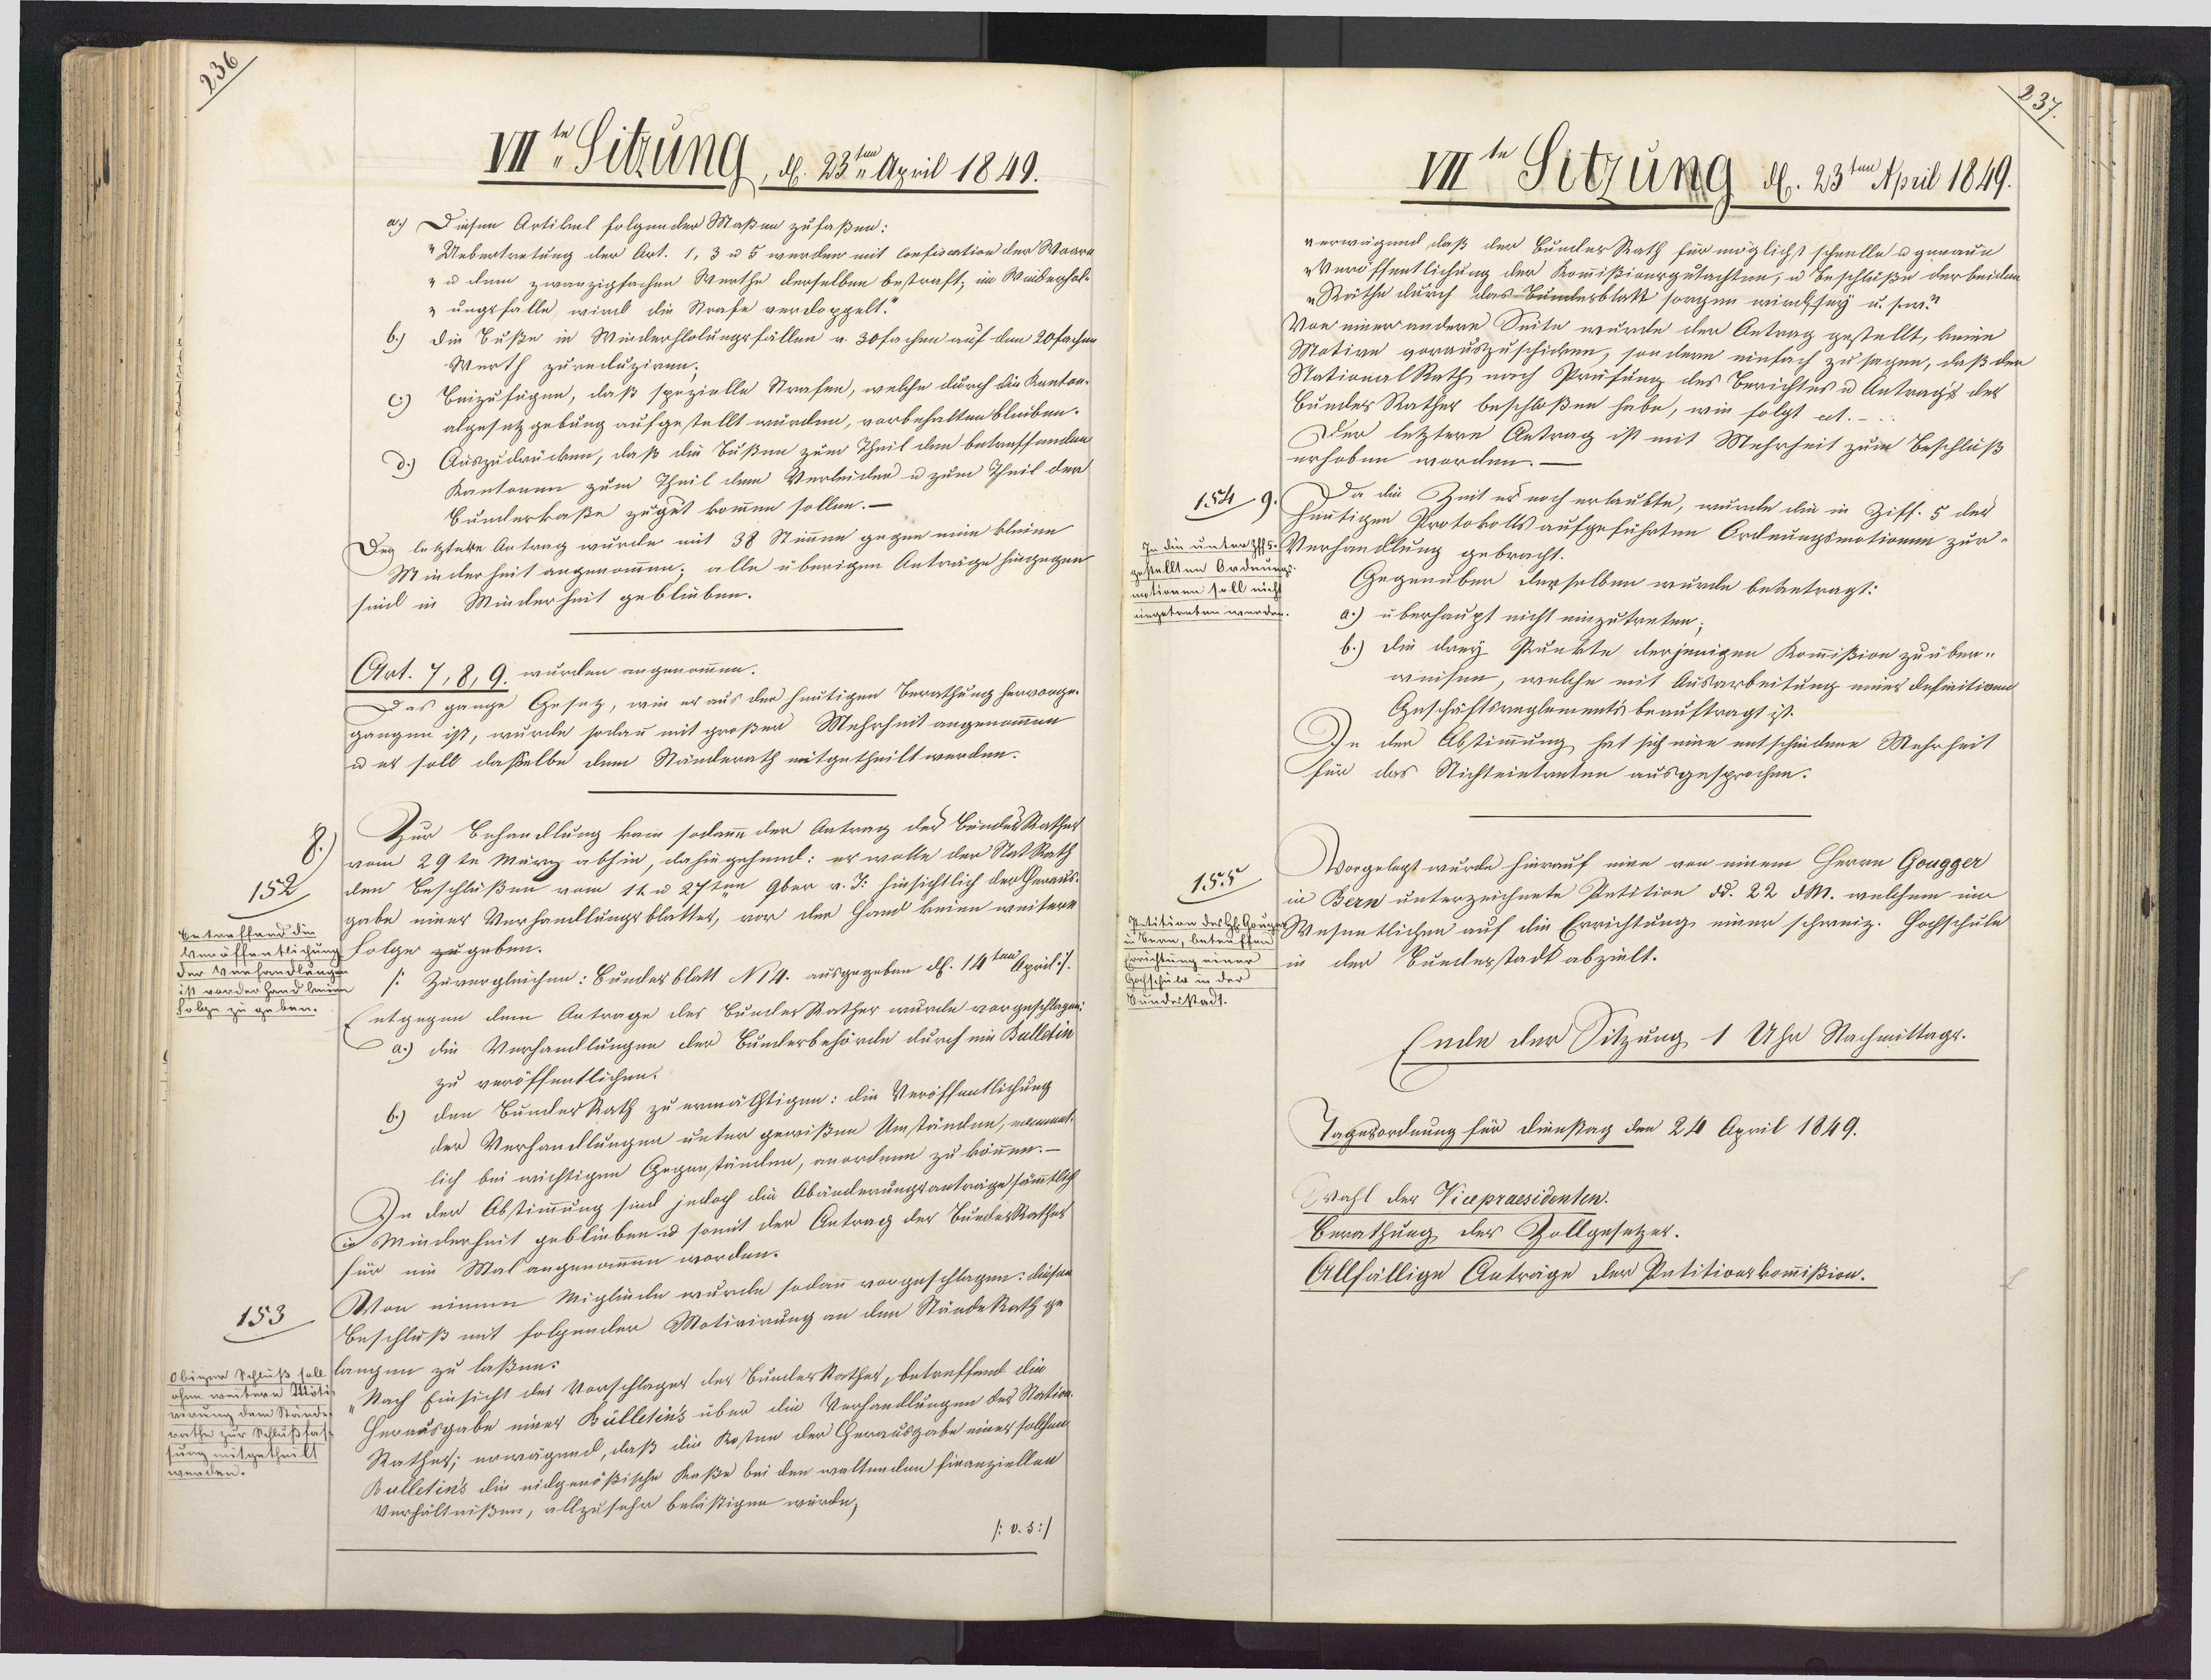
3

It Sitzung, d. 23te April 1849.
a.) Diesen Artikel folgender Maßen zufaßen:
"Uebertretung der Art. 1, 3 u 5 werden mit Confiscation der Waare
" u dem zwanzigsachen Werthe derselben bestraft; im Winderhol¬
ungsfälle wimd die Strafe verdoppelt.
Die Buße in Winderhlolungsfällen v. 30 fachen auf den 20facher
Werth zurecluziren;
Beizufügen, daß spezielle Strafen, welche durch die Kanton-
algesetzgebung aufgestellt würden, vorbehalten bleiben.
d.) Auszudrücken, daß die Bußen zum Theil den betraffenden
Kantonen zum Theil dem Verleiden u zum Theil der
Bunlerkaße zugut kommen sollen.-
Dey letztere Antrag wurde mit 38 Stimmen gegen mim kleine
Minderheit angenommen; alle überigen Anträge hingegen
sind in Minderheit geblieben.
Art. 7, 8, 9. wurden angenommen.
Das gange Gesetz, wie er aus der heutigen Berathung hervorge-
gangen ist, wurde sodann mit großer Mehrheit angenommen
u et soll daselbe dem Ständerath mitgetheilt werden.
Zur Behandlung kam sodanne der Antrag der BundesRathet
vom 29te März abhin, dahingehend: er wolle der Stat Rath
den Beschlüßen vom 11. u 27ten 9ber v. J: hinsichtlich der Heraus
152
gabe einer Verhandlungsblattet, vor der Hand keiee weitere
betraffend di
Veröffentlichung folge zugeben.
der Verhandlun
/:Zuvergleichen: Bundesblatt NI4. ausgegeben d. 14ten April./.
ist vorder Hand len
Folge zu geben.
Entgegen dem Antrage des BunderRather wurde vorgeschlagen:
a.) die Verhandlungen der Bunderbehörde durch ein Bulletin
zu veröffentlichen.
b.) den BunderRath zu ermächtigen: die Veröffentlichung
der Verhandlungen unter gewißen Umständen, nament
lich bei wichtigen Gegenständen, anordnen zu können.—
In der Abstimmung sind jedoch die Abänderungsanträge sämmtlich
i Minderheit geblieben u somit der Antrag der BuedeRathes
für ein Mal angenommen worden.
Von einem Miglice wurde sodann vorgeschlagen: dieser
153
Beschluß mit folgender Motivirung an den StändeRath ge¬
Obiger Schluß soll langen zu laßen:
ohne weitere Möti Nach Einsicht des Vorschlages der Bunderkathes, betreffend die
eirung dem Stände
Herausgabe einer Bülletins über die Verhandlungen des Station¬
rathe zur Schlußfah
Rathes; erwägend, daß die Kosten der Herausgabe eines solchen
sung mitgetheilt
werden.
Bulletin's die eilgenößische Kaße bei den waltenden finanziellen
Verhältnißen, allzusehr beläßigen würde;
/: v. 5:/

III Sitzung d. 23te April 1849.
verwägend daß der BunlerRath für möglichst schnelle ugenaue
Veröffentlichung der Kommißionsgutachten, u Beschlüße der beiden¬
Räthe durch das Bunlesblatt sorgen wird sey u. sw?
Von einer andere Suite wurde den Antrag gestellt, keine
Motive vorauszuschicken, sondern einsach zu sagen, daß den
StationalRath nach Prüfung des Berichtes u Antrags des
Bundes Rather beschloßen habe, wie folgt et.-
Der letztere Antrag ist mit Mehrheit zum Beschluß
erhoben worden.-
Da die Zeit es noch erlaubte, wurde die in Ziff. 5 der
1d 9 heutigen Protokolls aufgeführten Ordnungsmationen zur
In die untert. Verhandlung gebracht.
gestellten Ordnung.
Gegenüber derselben wurde beantragt:
mationen soll nicht
eingetreten werden.
a.) überhaupt nicht einzutreten;
b.) die drey Punkte derjenigen Kommißion zu über¬
weisen, welche mit Ausarbeitung eines definitiven
Geschäftsreglements beauftragt ist.
In der Abstimmung hat sich mine entschiedene Mehrheit
für das Nichteintreten ausgesprochen:
Vorgelegt wurde hierauf eine von einem Herrn Gougger
155
in Bern unterzeichnete Petition dd. 22 dM. welchem um
ptition der Hl. Gu Wesentlichen auf die Errichtung einer schweiz. Hochschule
in Bern, betruffen
Errichtung einer in der Buedesstadt abzielt.
Hochschuld in der
Bundesstadt.
Ende der Sitzung 1 Uhr Nachmittags.
Tagesordnung für dienstag den 24 April 1849.
Wahl der Vicepraesidenten.
Berathung, der Zollgesetzet.
Allfällige Anträge der Pntitionskommißion.